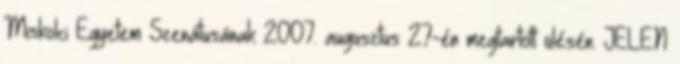
Miskolci Egyetem Szenátusának 2007. augusztus 27-én megtartott ülésén. JELEN